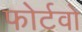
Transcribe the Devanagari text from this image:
फोर्टवो